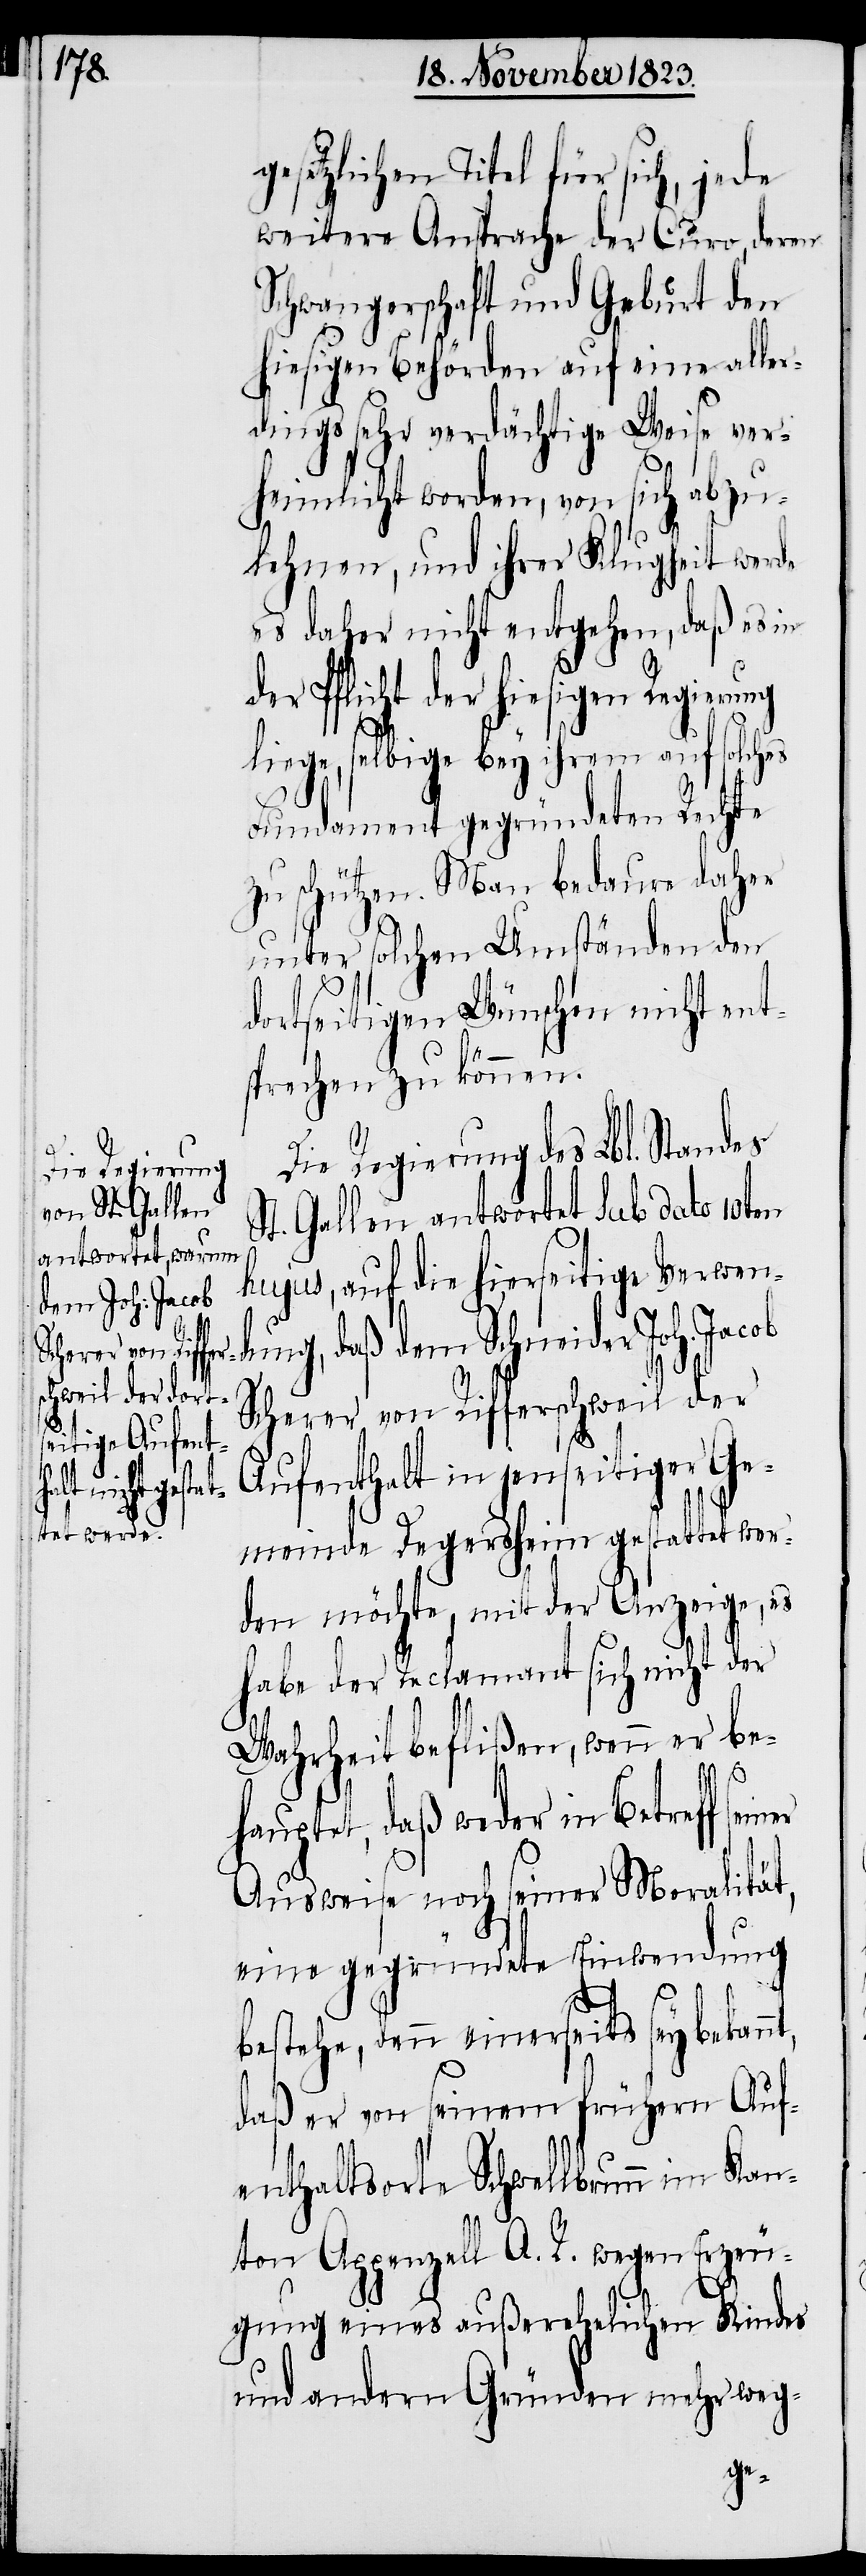
nt,

gesetzlichen Titel für sich, jede
weitere Ansprache der Curo, deren
Schwangerschaft und Geburt den
hiesigen Behörden auf eine aller¬
dings sehr verdächtige Weise ver¬
heimlicht worden, von sich abzu¬
lehnen, und ihrer Klugheit werde
es daher nicht entgehen, daß es in
der Pflicht der hiesigen Regierung
liege, selbige bey ihrem auf solches
Fundament gegründeten Rechte
zu schützen. Man bedaure daher
unter solchen Umständen den
dortseitigen Wünschen nicht ent¬
sprechen zu können.
Die Regierung des Lbl. Standes
t. Gallen antwortet sub dato 10ten
hujus, auf die hierseitige Verwend¬
ung, daß dem Schneider Joh. Jacob
Scherer von Rifferschweil der
Aufenthalt in jenseitiger Ge¬
meinde Degersheim gestattet wer¬
den möchte, mit der Anzeige, es
habe der Reclamant sich nicht der
Wahrheit beflißen, wenn er be¬
hauptet, daß weder in Betreff sei¬
Ausweise noch seiner Moralität,
eine gegründete Einwendung
bestehe, denn einerseits sey bekan¬
daß er von seinem frühern Auf¬
enthaltsorte Schwellbrunn im Kan¬
ton Appenzell A. R. wegen Erzeu¬
gung eines außerehelichen Kindes
und andern Gründen mehr weg-
ner